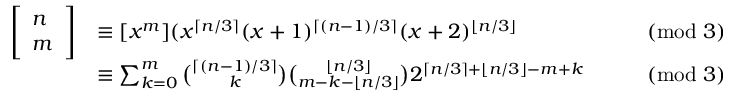
{ \begin{array} { r l r l } { \left[ { \begin{array} { l } { n } \\ { m } \end{array} } \right] } & { \equiv [ x ^ { m } ] ( x ^ { \lceil n / 3 \rceil } ( x + 1 ) ^ { \lceil ( n - 1 ) / 3 \rceil } ( x + 2 ) ^ { \lfloor n / 3 \rfloor } } & & { { \pmod { 3 } } } \\ & { \equiv \sum _ { k = 0 } ^ { m } { \binom { \lceil ( n - 1 ) / 3 \rceil } { k } } { \binom { \lfloor n / 3 \rfloor } { m - k - \lfloor n / 3 \rfloor } } 2 ^ { \lceil n / 3 \rceil + \lfloor n / 3 \rfloor - m + k } } & & { { \pmod { 3 } } } \end{array} }